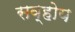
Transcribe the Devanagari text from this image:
सव्होय